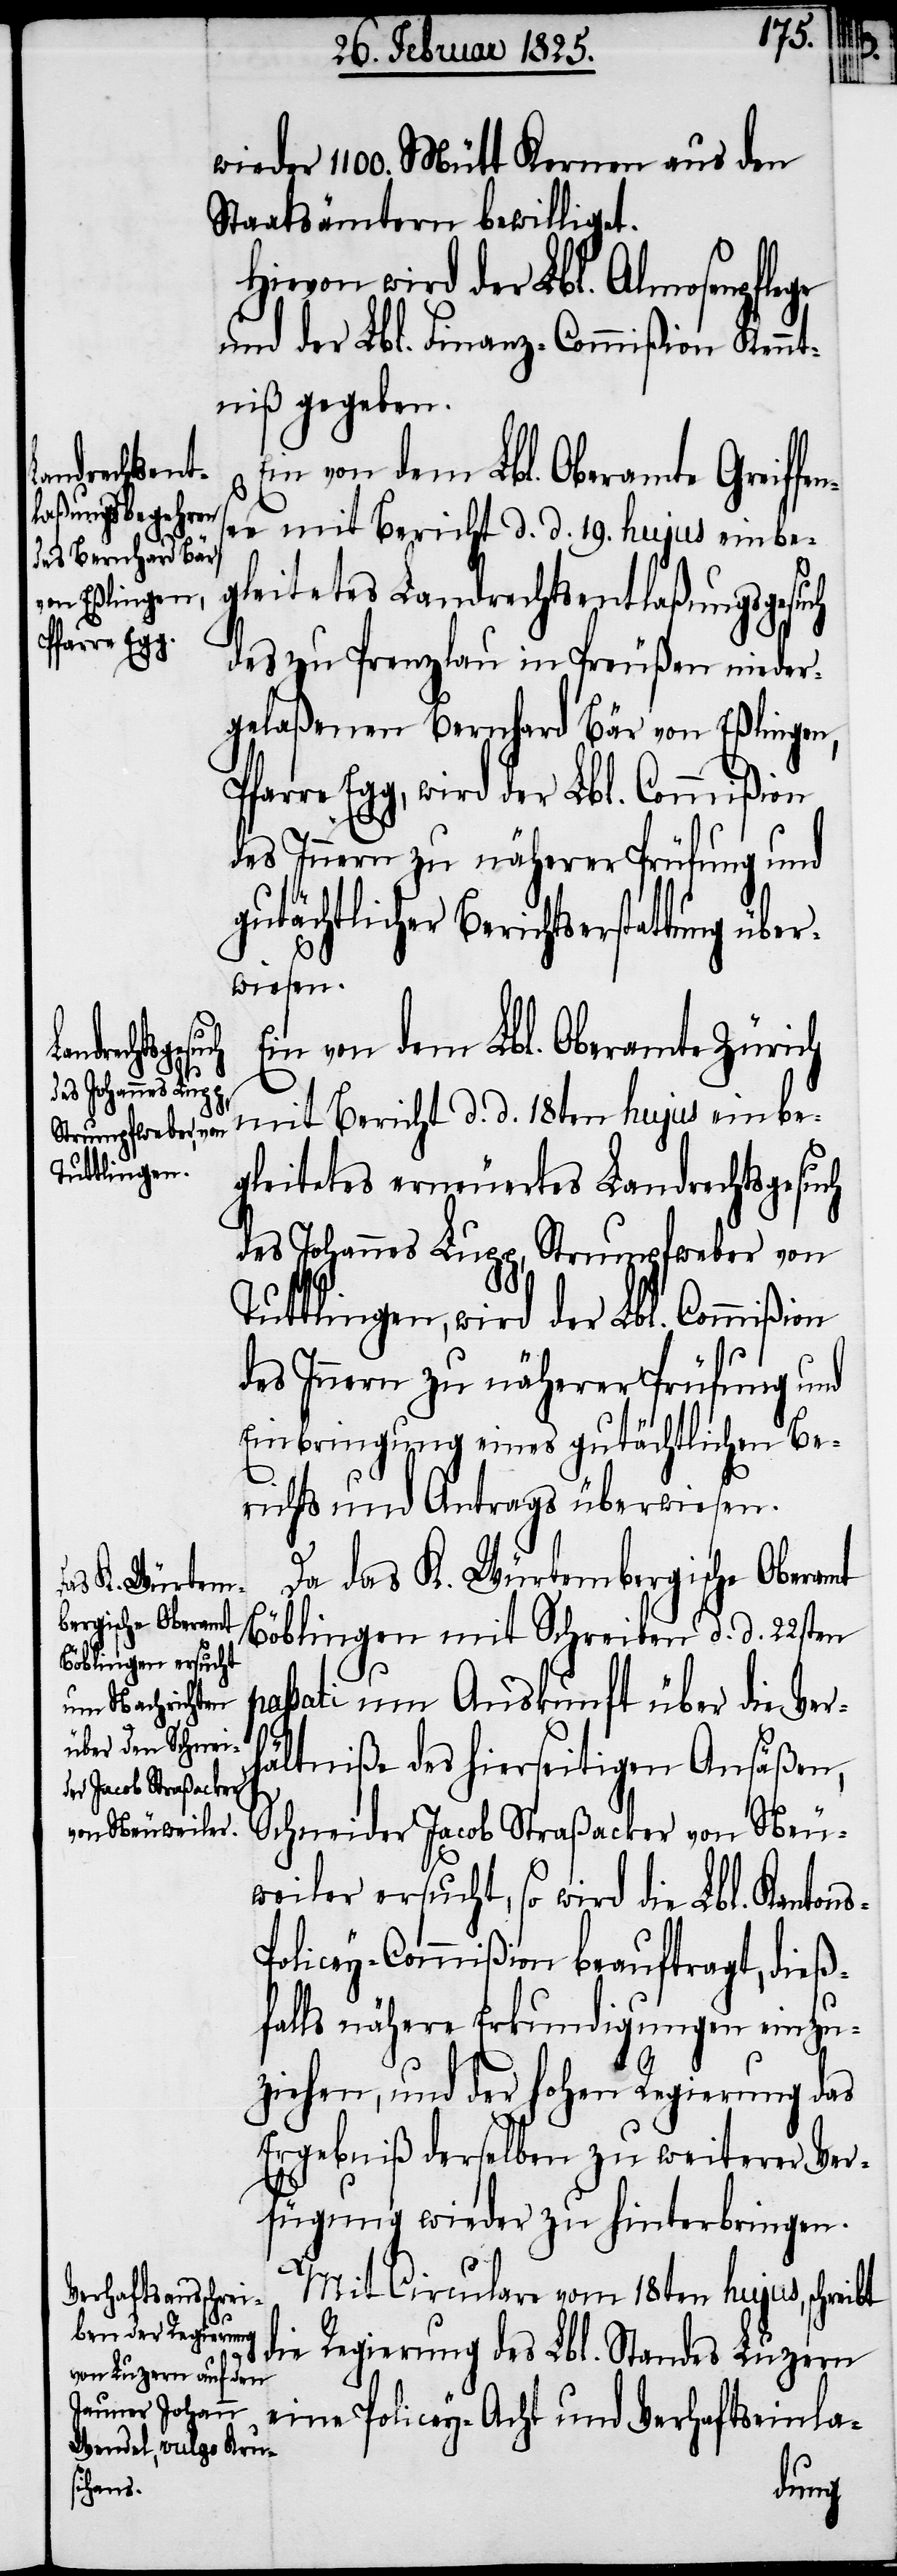
wieder 1100. Mütt Kernen aus den
Staatsämtern bewilliget.
Hievon wird der Lbl. Almosenpflege
und der Lbl. Finanz-Commißion Kennt¬
niß gegeben.
Ein von dem Lbl. Oberamte Greiffe¬
ee mit Bericht d. d. 19. hujus einbe¬
gleitetes Landrechtsentlaßungsgesuch
des zu Prenzlau in Preußen nieder¬
gelaßenen Bernhard Bär von Eßlingen,
farre Egg, wird der Lbl. Commißion
des Innern zu näherer Prüfung und
gutächtlicher Berichtse¬
wiesen.
ns¬
Ein von dem Lbl. Oberamte Zürich
mit Bericht d. d. 18ten hujus einbe¬
gleitetes erneuertes Landrechtsgesuch
des Johannes Lupp, Strumpfweber von
Tuttlingen, wird der Lbl. Commißion
des Innern zu näherer Prüfung und
Einbringung eines gutächtlichen Be¬
richts und Antrags überwiesen.
Da das K. Würtembergische Oberamt
Böblingen mit Schreiben d. d. 22sten
sati um Auskunft über die Ver¬
hältniße des hierseitigen Ansäßen,
Schneider Jacob Straßacker von Neu¬
weiler ersucht, so wird die Lbl. Kanton¬
olicey-Commißion beauftragt, dieß¬
falls nähere Erkundigungen einzu¬
ziehen, und der hohen Regierung das
Ergebniß derselben zu weiterer Ver¬
fügung wieder zu hinterbringen.
s-P¬
Mit Circulare vom 18ten hujus, schreibt
die Regierung des Lbl. Standes Luzern
eine Policey-Acht und Verhaftseinla-
ung

pas¬